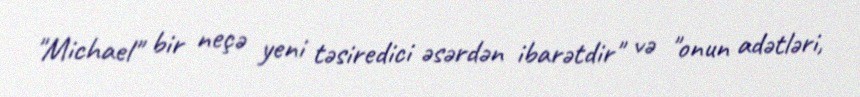
"Michael" bir neçə yeni təsiredici əsərdən ibarətdir" və "onun adətləri,